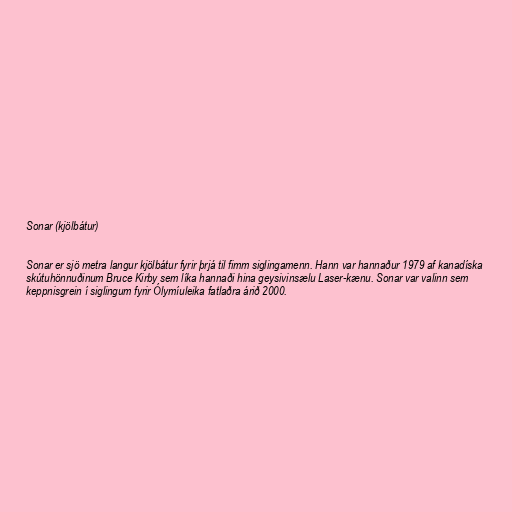
Sonar (kjölbátur)

Sonar er sjö metra langur kjölbátur fyrir þrjá til fimm siglingamenn. Hann var hannaður 1979 af kanadíska
skútuhönnuðinum Bruce Kirby sem líka hannaði hina geysivinsælu Laser-kænu. Sonar var valinn sem
keppnisgrein í siglingum fyrir Ólymíuleika fatlaðra árið 2000.